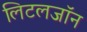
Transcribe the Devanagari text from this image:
लिटलजॉन